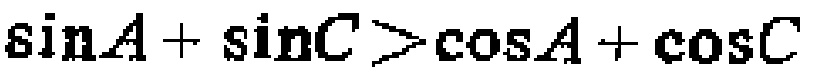
\(\sin A+\sin C>\cos A+\cos C\)